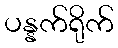
ပန္နက်ရိုက်